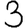
Digit: 3